Malaria in the Punjab - Number 46
Disease focus: Malaria
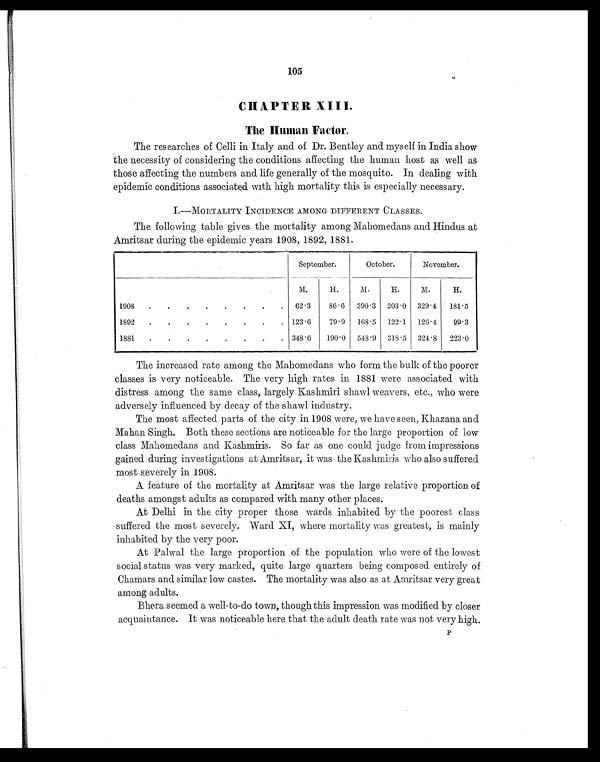
105
CHAPTER XIII.
The Human Factor.
The researches of Celli in Italy and of Dr. Bentley and myself in India show
the necessity of considering the conditions affecting the human host as well as
those affecting the numbers and life generally of the mosquito. In dealing with
epidemic conditions associated with high mortality this is especially necessary.
I.—MORTALITY INCIDENCE AMONG DIFFERENT CLASSES.
The following table gives the mortality among Mahomedans and Hindus at
Amritsar during the epidemic years 1908, 1892, 1881.
September.
October.
November.
M.
H.
M.
H.
M.
H.
1908
.
.
.
.
.
.
.
.
62.3
86.6
390.3
203.0 329.4
181.5
1892
.
.
.
.
.
.
.
. 123.6
79.9
168.5
122.1
126.4
99.3
1881
.
.
.
.
.
.
.
. 348.6
190.0
548.9
318.5
324.8
223.0
The increased rate among the Mahomedans who form the bulk of the poorer
classes is very noticeable. The very high rates in 1881 were associated with
distress among the same class, largely Kashmiri shawl weavers, etc., who were
adversely influenced by decay of the shawl industry.
The most affected parts of the city in 1908 were, we have seen, Khazana and
Mahan Singh. Both these sections are noticeable for the large proportion of low
class Mahomedans and Kashmiris. So far as one could judge from impressions
gained during investigations at Amritsar, it was the Kashmiris who also suffered
most severely in 1908.
A feature of the mortality at Amritsar was the large relative proportion of
deaths amongst adults as compared with many other places.
At Delhi in the city proper those wards inhabited by the poorest class
suffered the most severely. Ward XI, where mortality was greatest, is mainly
inhabited by the very poor.
At Palwal the large proportion of the population who were of the lowest
social status was very marked, quite large quarters being composed entirely of
Chamars and similar low castes. The mortality was also as at Amritsar very great
among adults.
Bhera seemed a well-to-do town, though this impression was modified by closer
acquaintance. It was noticeable here that the adult death rate was not very high.
P